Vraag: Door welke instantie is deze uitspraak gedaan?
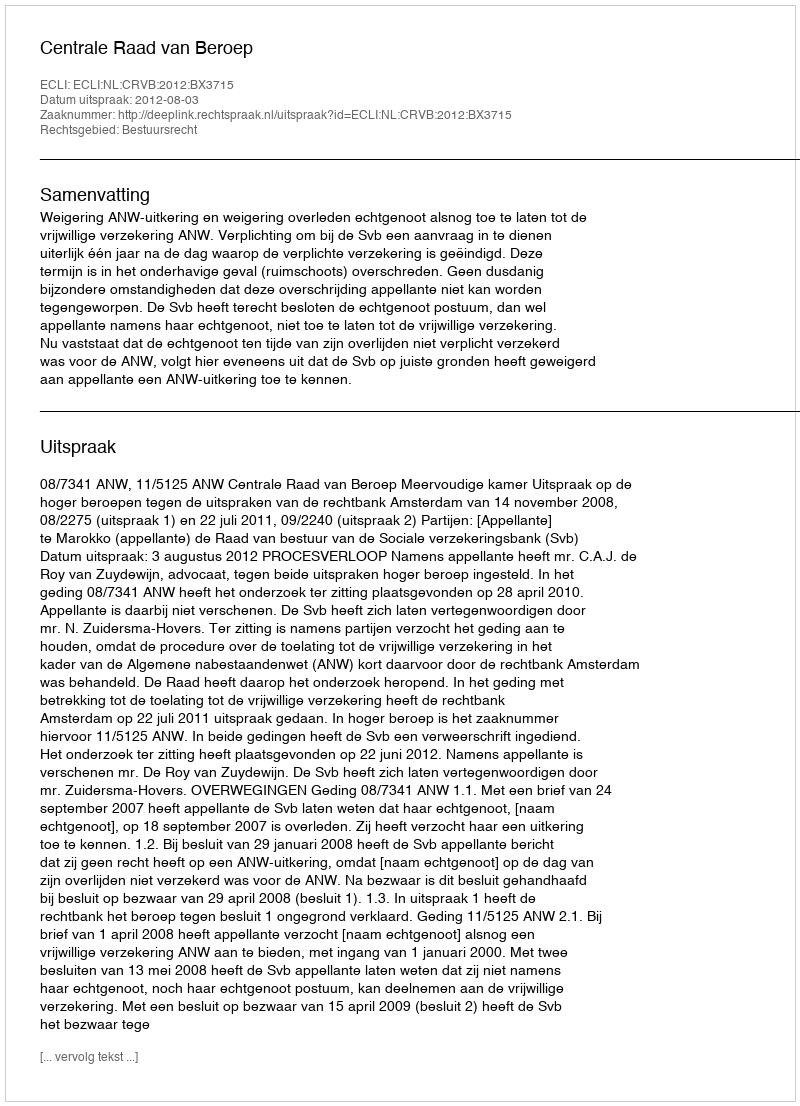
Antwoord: Centrale Raad van Beroep